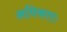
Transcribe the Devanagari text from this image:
अधिकारः